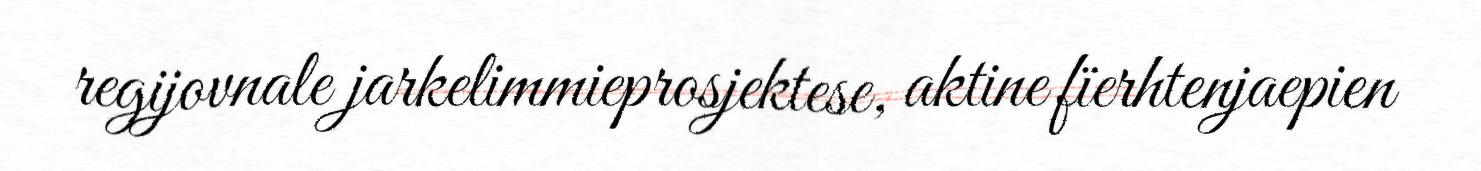
regijovnale jarkelimmieprosjektese, aktine fïerhtenjaepien